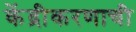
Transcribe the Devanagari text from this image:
केंद्रीकरणाची